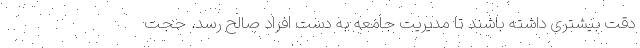
دقت بیشتری داشته باشند تا مدیریت جامعه به دست افراد صالح رسد. حجت